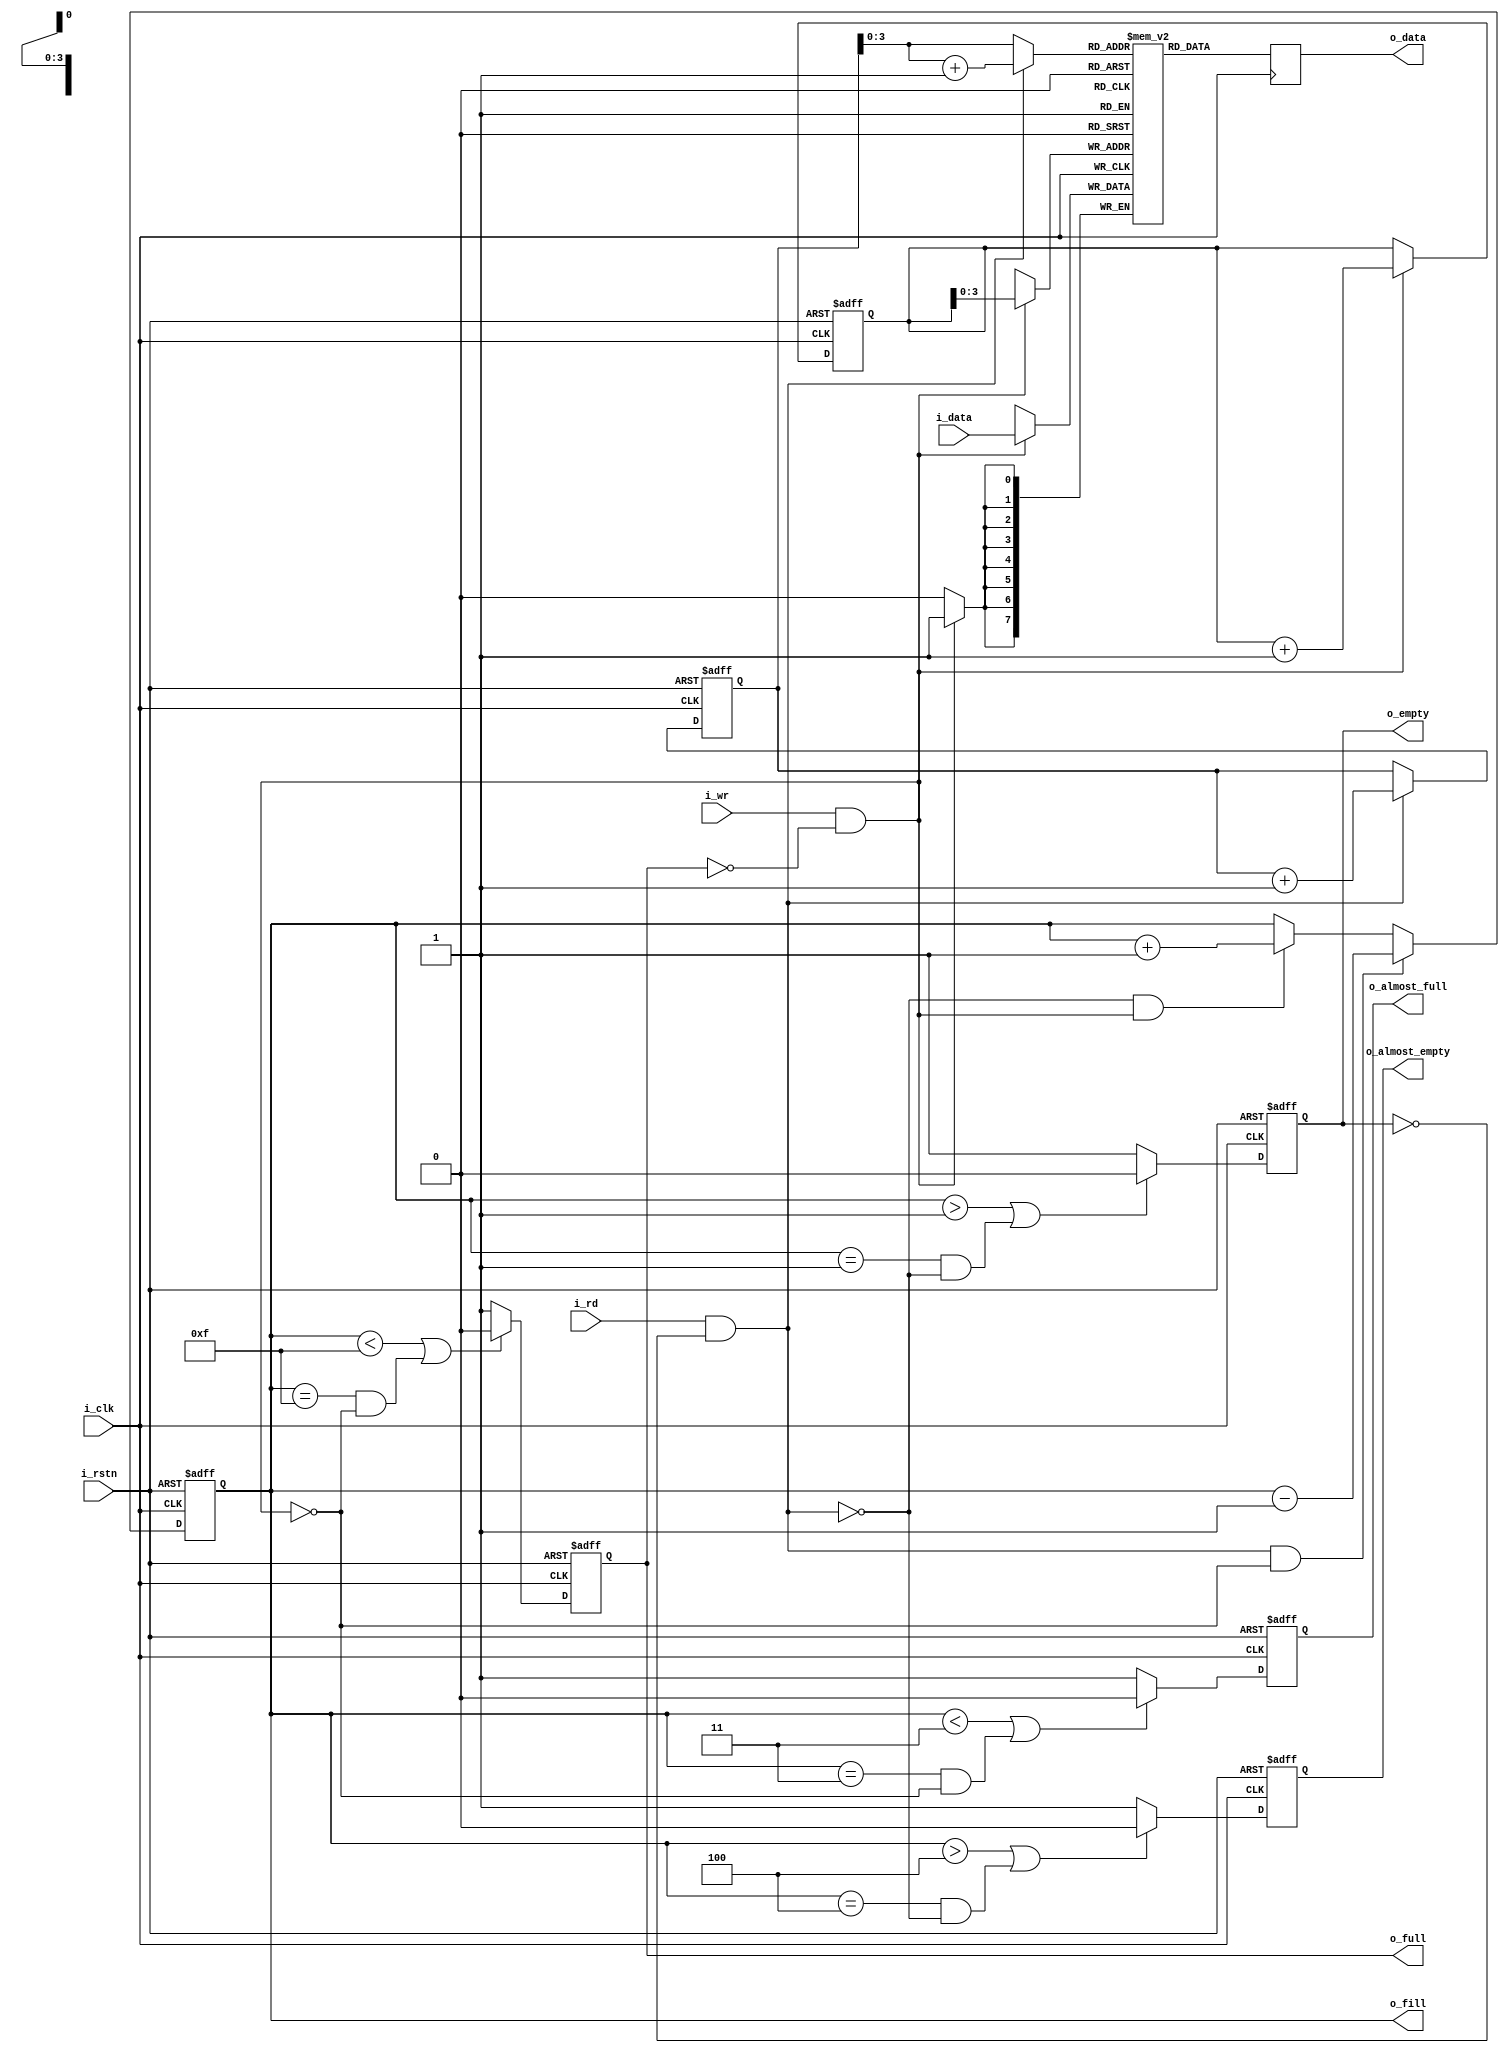
`timescale 1ns / 1ps 
`default_nettype none 

/*
 *  Synchronous FIFO buffer that allows for (1 << AW)
 *  unique entries; FIFO is constructed from BRAM. 
 *  Output data is registered; Status flags are 
 *  registered
 *
 *  NOTE:
 *  - AW must be strictly greater than AFW (Almost
 *    full width) and AEW (Almost empty width)
 *
 *    
 *  - One clock cycle latency when asserting/deasserting status flags
 *    due to registering o_fill 
 *
 *  - Almost full flag is asserted/deasserted when FIFO fill is (1 << AFW) 
 *  - Almost empty flag is asserted/deasserted when FIFO fill is (1 << AEW)
 *
 */

module sync_fifo
    #(	parameter DW = 8,    
        parameter AW = 4,
        parameter AFW = 2,
        parameter AEW = 2 )
    (
        input wire          i_clk,
        input wire          i_rstn,
    
        // Write Signals
        input wire          i_wr,
        input wire [DW-1:0] i_data,
        output reg          o_full, 
        output reg          o_almost_full,
                
        // Read Signals
        input wire          i_rd,
        output reg [DW-1:0] o_data,
        output reg          o_empty,
        output reg          o_almost_empty,      
    
        // FIFO fill level
        output reg [AW:0]   o_fill
    );

	// Define memory of FIFO of depth (1 << AW)
	reg [DW-1:0] mem [0: (1<<AW)-1];
    
    reg [AW:0]   wptr;
    reg [AW:0]   rptr;
    reg [AW-1:0] rptr_nxt; 

    // Valid Read/Write 
    wire w_rd = i_rd && !o_empty;
    wire w_wr = i_wr && !o_full;
    
    // Write to FIFO
    always @(posedge i_clk)
        if(w_wr)
            mem[wptr[AW-1:0]] <= i_data;
    
    // Read from FIFO
    always @(posedge i_clk) 
        o_data <= mem[ (w_rd) ? rptr_nxt : rptr[AW-1:0] ];

    // Update Read/Write Pointers
    always @(posedge i_clk or negedge i_rstn)
    begin
        if(!i_rstn)
        begin
            wptr <= 0;
            rptr <= 0;
        end
        else begin
            if(w_wr)
                wptr <= wptr + 1'b1;
            if(w_rd)
                rptr <= rptr + 1'b1;
        end
    end

    // Next read pointer
    always @(*)
        rptr_nxt = rptr[AW-1:0] + 1'b1;

    // Update FIFO status flags
    always @(posedge i_clk or negedge i_rstn)
    begin
        if(!i_rstn) 
        begin
            o_fill         <= 0;
            o_full         <= 0;
            o_almost_full  <= 0; 
            o_almost_empty <= 1'b1;
            o_empty        <= 1'b1; 
        end 
        else begin
            
            // Fill level
            if(w_rd && (!w_wr))
                o_fill <= o_fill - 1'b1;
            else if((!w_rd) && w_wr)
                o_fill <= o_fill + 1'b1;
            
            // Empty Flag
            if((o_fill > 1) || ((o_fill == 1) && (!w_rd)))
                o_empty <= 0;
            else
                o_empty <= 1'b1;
            
            // Almost Empty Flag
            if((o_fill > (1<<AEW)) || ((o_fill == (1<<AEW)) && (!w_rd))) 
                o_almost_empty <= 0;
            else
                o_almost_empty <= 1'b1;

            // Full Flag
            if((o_fill < { 1'b0, {(AW){1'b1}}}) || ((o_fill == { 1'b0, {(AW){1'b1}}}) && (!w_wr)))
                o_full <= 0;
            else
                o_full <= 1'b1;
            
            // Almost Full Flag
            if((o_fill < { 1'b0, {(AW-AFW){1'b0}}, {(AFW){1'b1}}}) || ((o_fill == { 1'b0, {(AW-AFW){1'b0}}, {(AFW){1'b1}}}) && (!w_wr)))
                o_almost_full <= 0;
            else
                o_almost_full <= 1'b1; 
        end
    end

endmodule